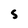
Character: s